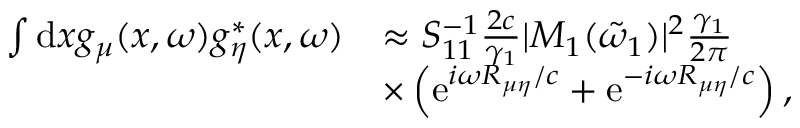
\begin{array} { r l } { \int \mathrm { d } x g _ { \mu } ( x , \omega ) g _ { \eta } ^ { * } ( x , \omega ) } & { \approx S _ { 1 1 } ^ { - 1 } \frac { 2 c } { \gamma _ { 1 } } | M _ { 1 } ( \tilde { \omega } _ { 1 } ) | ^ { 2 } \frac { \gamma _ { 1 } } { 2 \pi } } \\ & { \times \left( \mathrm { e } ^ { i \omega R _ { \mu \eta } / c } + \mathrm { e } ^ { - i \omega R _ { \mu \eta } / c } \right) , } \end{array}